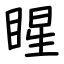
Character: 睲